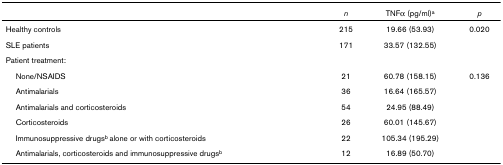
<table><thead><tr><td></td><td><b><i>n</i></b></td><td><b>TNFα (pg/ml)<sup>a</sup></b></td><td><b><i>p</i></b></td></tr></thead><tbody><tr><td>Healthy controls</td><td>215</td><td>19.66 (53.93)</td><td>0.020</td></tr><tr><td>SLE patients</td><td>171</td><td>33.57 (132.55)</td><td></td></tr><tr><td>Patient treatment:</td><td></td><td></td><td></td></tr><tr><td> None/NSAIDS</td><td>21</td><td>60.78 (158.15)</td><td>0.136</td></tr><tr><td> Antimalarials</td><td>36</td><td>16.64 (165.57)</td><td></td></tr><tr><td> Antimalarials and corticosteroids</td><td>54</td><td>24.95 (88.49)</td><td></td></tr><tr><td> Corticosteroids</td><td>26</td><td>60.01 (145.67)</td><td></td></tr><tr><td> Immunosuppressive drugs<sup>b </sup>alone or with corticosteroids</td><td>22</td><td>105.34 (195.29)</td><td></td></tr><tr><td> Antimalarials, corticosteroids and immunosuppressive drugs<sup>b</sup></td><td>12</td><td>16.89 (50.70)</td><td></td></tr></tbody></table>